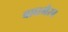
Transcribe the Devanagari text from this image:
बाघभैरव